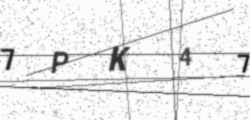
Text: 7PK47